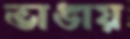
ভাঙায়